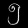
Digit: ၅